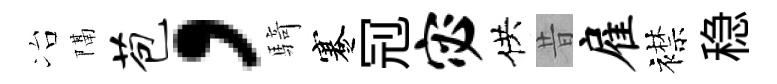
冶隔苞，騎蹇𠜍宓供昔雇襟稳